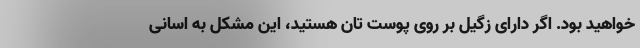
خواهید بود. اگر دارای زگیل بر روی پوست تان هستید، این مشکل به اسانی